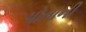
પોતાની